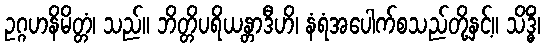
ဥဂ္ဂဟနိမိတ္တံ၊ သည်။ ဘိတ္တိပရိယန္တာဒီဟိ၊ နံရံအပေါက်စသည်တို့နှင့်။ သိဒ္ဓိံ၊